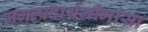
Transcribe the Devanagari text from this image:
जगत्पदार्थमीमांसा